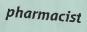
pharmacist